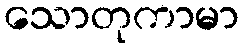
သောတုကာမာ